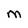
Character: M